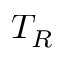
T _ { R }